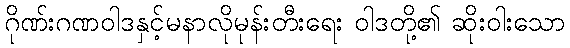
ဂိုဏ်းဂဏဝါဒနှင့်မနာလိုမုန်းတီးရေး ဝါဒတို့၏ ဆိုးဝါးသော